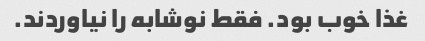
غذا خوب بود. فقط نوشابه را نیاوردند.